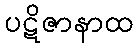
ပဋိဇာနာထ